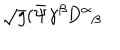
\sqrt { g } ( { \bar { \Psi } \gamma ^ { \beta } } \mathrm { D } ^ { \alpha } { } _ { \beta }